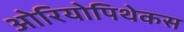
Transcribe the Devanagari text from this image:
ओरियोपिथेकस